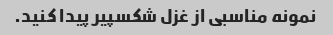
نمونه مناسبی از غزل شکسپیر پیدا کنید.